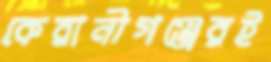
কেরানীগঞ্জেরই